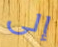
إلى